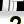
Digit: 2